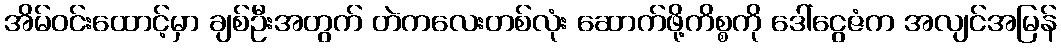
အိမ်ဝင်းထောင့်မှာ ချစ်ဦးအတွက် တဲကလေးတစ်လုံး ဆောက်ဖို့ကိစ္စကို ဒေါ်ငွေဇံက အလျင်အမြန်